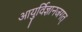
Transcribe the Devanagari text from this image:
आयुर्विज्ञानजगत्